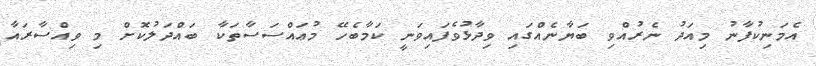
އެމަނިކުފާނު މިއަދު ނެރުއްވި ބަޔާނެއްގައި ވިދާޅުވެފައިވަނީ ކަމާބެހޭ މުޢައްސަސާތަކާ ބައްދަލުކޮށް މި ވިއްސާރައާ